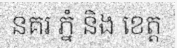
នគរ ភ្នំ និង ខេត្ត